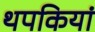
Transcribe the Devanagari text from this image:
थपकियां